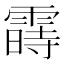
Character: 𬰈